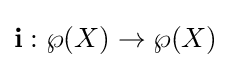
\mathbf {i} :\wp (X)\to \wp (X)